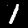
Digit: 1